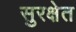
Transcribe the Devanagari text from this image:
सुरक्षेत